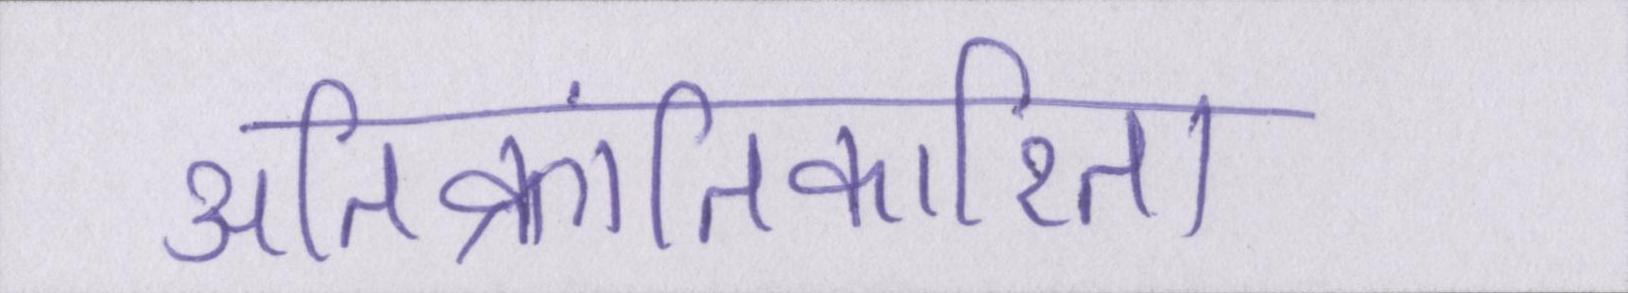
अतिक्रांतिकारिता